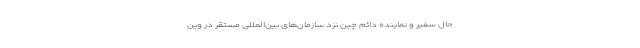
حال سفیر و نماینده دائم چین نزد سازمان‌های بین‌المللی مستقر در وین